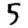
Digit: 5